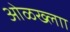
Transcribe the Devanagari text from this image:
ओळख्लाा